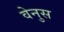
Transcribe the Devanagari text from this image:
वेनुस